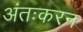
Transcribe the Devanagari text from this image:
अंतःकरन